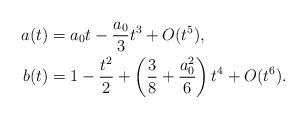
LaTeX: \begin{align*} a(t)&=a_{0}t-\frac{a_{0}}{3}t^{3}+O(t^{5}),\\ b(t)&=1-\frac{t^2}{2}+\left(\frac{3}{8}+\frac{a_{0}^{2}}{6}\right)t^{4}+O(t^{6}).\end{align*}